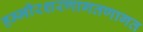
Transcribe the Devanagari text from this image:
हम्मीरशरणागतणागत